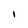
Character: 1